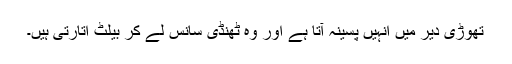
تھوڑی دیر میں انہیں پسینہ آتا ہے اور وہ ٹھنڈی سانس لے کر بیلٹ اُتارتی ہیں۔